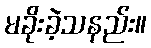
မခိုးခဲ့သနည်း။